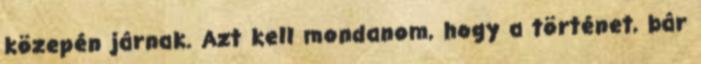
közepén járnak. Azt kell mondanom, hogy a történet, bár